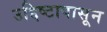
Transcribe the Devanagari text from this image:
उद्दिष्टापासून